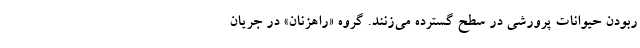
ربودن حیوانات پرورشی در سطح گسترده می‌زنند. گروه «راهزنان» در جریان